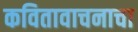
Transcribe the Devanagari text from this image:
कवितावाचनाचा